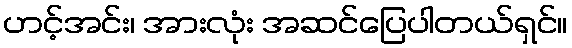
ဟင့်အင်း၊ အားလုံး အဆင်ပြေပါတယ်ရှင်။